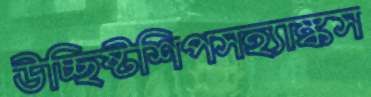
উচ্ছিষ্টশিপসহ্যাঙ্কস